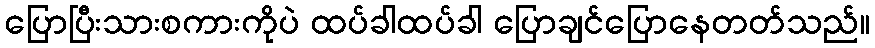
ပြောပြီးသားစကားကိုပဲ ထပ်ခါထပ်ခါ ပြောချင်ပြောနေတတ်သည်။